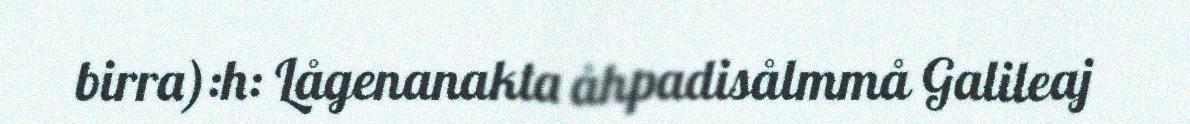
birra):h: Lågenanakta åhpadisålmmå Galileaj